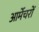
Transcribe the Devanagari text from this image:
आर्मेचरों